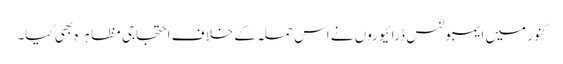
کنور میں ایمبولنس ڈرائیوروں نے اس حملہ کے خلاف احتجاجی مظاہرہ بھی کیا۔